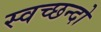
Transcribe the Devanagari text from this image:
स्वच्छन्दो